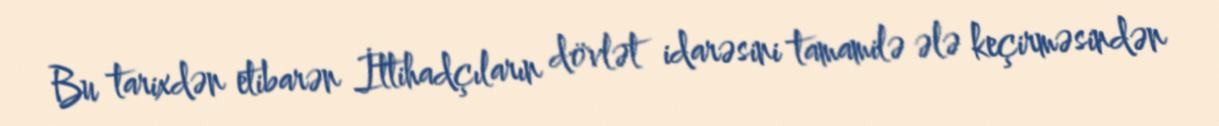
Bu tarixdən etibarən İttihadçıların dövlət idarəsini tamamilə ələ keçirməsindən